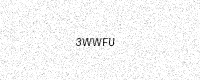
Text: 3WWFU